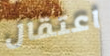
اعتقال